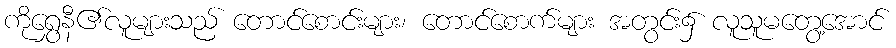
ကိုရွှေနီ၏လူများသည် တောင်စောင်းများ၊ တောင်စောက်များ အတွင်း၌ လူသူမတွေ့အောင်